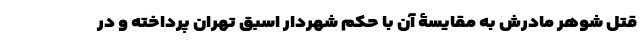
قتل شوهرِ مادرش به مقایسۀ آن با حکم شهردار اسبق تهران پرداخته و در